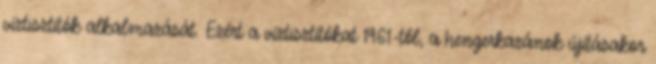
víztisztítók alkalmazását. Ezért a víztisztítókat 1961-től, a hengerkazánok újításakor